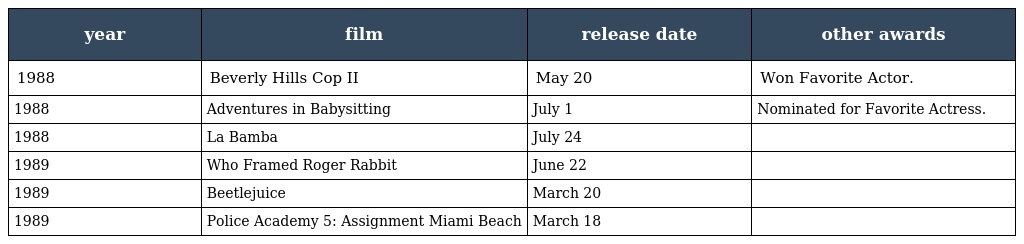
| year | film | release date | other awards |
 | --- | --- | --- | --- |
 | 1988 | Beverly Hills Cop II | May 20 | Won Favorite Actor. |
 | 1988 | Adventures in Babysitting | July 1 | Nominated for Favorite Actress. |
 | 1988 | La Bamba | July 24 |  |
 | 1989 | Who Framed Roger Rabbit | June 22 |  |
 | 1989 | Beetlejuice | March 20 |  |
 | 1989 | Police Academy 5: Assignment Miami Beach | March 18 |  |